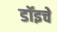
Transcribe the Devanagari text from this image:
डॉइचे